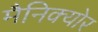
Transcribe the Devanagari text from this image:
मैनिक्योर